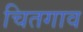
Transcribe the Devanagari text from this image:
चितगाव